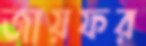
জায়ফর